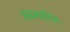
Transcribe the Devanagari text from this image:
अबत्याशित